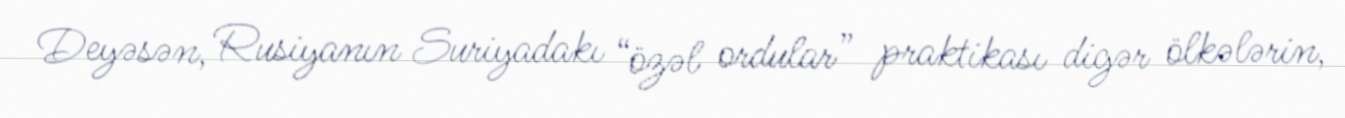
Deyəsən, Rusiyanın Suriyadakı “özəl ordular” praktikası digər ölkələrin,